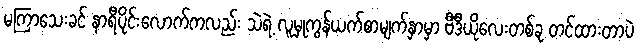
မကြာသေးခင် နာရီပိုင်းလောက်ကလည်း သဲရဲ့ လူမှုကွန်ယက်စာမျက်နှာမှာ ဗီဒီယိုလေးတစ်ခု တင်ထားတာပဲ